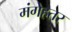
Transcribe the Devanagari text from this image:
मंगेहतर